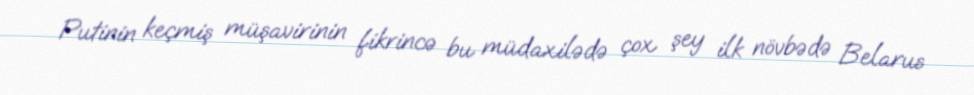
Putinin keçmiş müşavirinin fikrincə bu müdaxilədə çox şey ilk növbədə Belarus